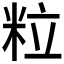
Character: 粒